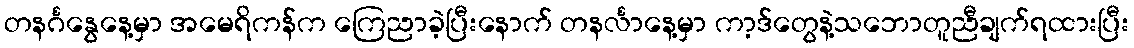
တနင်္ဂနွေနေ့မှာ အမေရိကန်က ကြေညာခဲ့ပြီးနောက် တနင်္လာနေ့မှာ ကာ့ဒ်တွေနဲ့သဘောတူညီချက်ရထားပြီး